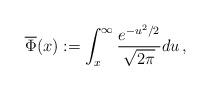
LaTeX: \begin{align*}\overline{\Phi}(x) := \int_x^\infty \frac{e^{-u^2/2}}{\sqrt{2\pi}} du \,,\end{align*}